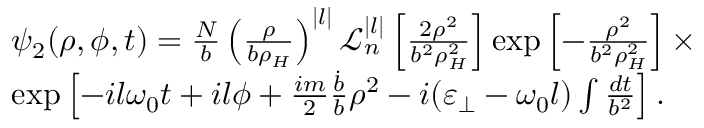
\begin{array} { r l } & { \psi _ { 2 } ( \rho , \phi , t ) = \frac { N } { b } \left( \frac { \rho } { b \rho _ { H } } \right) ^ { | l | } \mathcal { L } _ { n } ^ { | l | } \left[ \frac { 2 \rho ^ { 2 } } { b ^ { 2 } \rho _ { H } ^ { 2 } } \right] \exp \left[ - \frac { \rho ^ { 2 } } { b ^ { 2 } \rho _ { H } ^ { 2 } } \right] \times } \\ & { \exp \left[ - i l \omega _ { 0 } t + i l \phi + { \frac { i m } { 2 } \frac { \dot { b } } { b } \rho ^ { 2 } } - i ( \varepsilon _ { \perp } - \omega _ { 0 } l ) \int \frac { d t } { b ^ { 2 } } \right] . } \end{array}